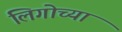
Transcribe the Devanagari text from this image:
लिगोच्या